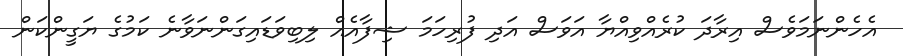
އެހެންނަމަވެސް އިރާދަ ކުރެއްވިއްޔާ އަވަސް އަދި ފުރިހަމަ ޝިފާއެއް ލިބިވަޑައިގަންނަވާނެ ކަމުގެ ޔަގީންކަން